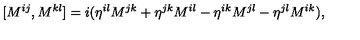
[ M ^ { i j } , M ^ { k l } ] = i ( \eta ^ { i l } M ^ { j k } + \eta ^ { j k } M ^ { i l } - \eta ^ { i k } M ^ { j l } - \eta ^ { j l } M ^ { i k } ) ,